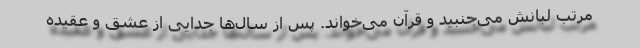
مرتب لبانش می‌جنبید و قرآن می‌خواند. پس از سال‌ها جدایی از عشق و عقیده